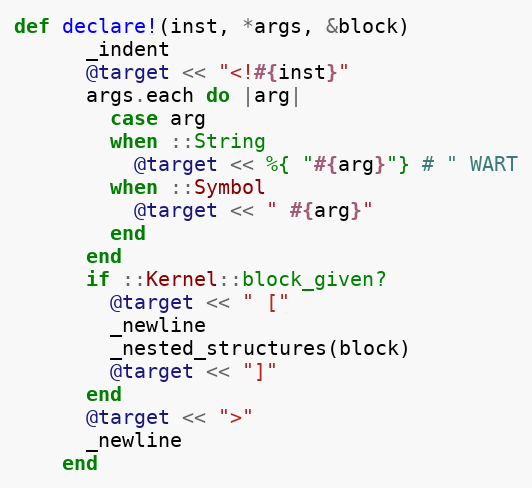
Language: Ruby
def declare!(inst, *args, &block)
      _indent
      @target << "<!#{inst}"
      args.each do |arg|
        case arg
        when ::String
          @target << %{ "#{arg}"} # " WART
        when ::Symbol
          @target << " #{arg}"
        end
      end
      if ::Kernel::block_given?
        @target << " ["
        _newline
        _nested_structures(block)
        @target << "]"
      end
      @target << ">"
      _newline
    end